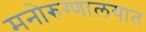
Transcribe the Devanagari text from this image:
मनोरुग्णालयात